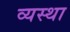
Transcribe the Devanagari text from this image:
व्‍यस्‍था